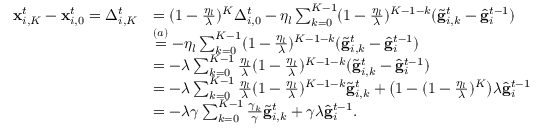
\begin{array} { r l } { \mathbf { x } _ { i , K } ^ { t } - \mathbf { x } _ { i , 0 } ^ { t } = \Delta _ { i , K } ^ { t } } & { = ( 1 - \frac { \eta _ { l } } { \lambda } ) ^ { K } \Delta _ { i , 0 } ^ { t } - \eta _ { l } \sum _ { k = 0 } ^ { K - 1 } ( 1 - \frac { \eta _ { l } } { \lambda } ) ^ { K - 1 - k } ( \tilde { \mathbf { g } } _ { i , k } ^ { t } - \hat { \mathbf { g } } _ { i } ^ { t - 1 } ) } \\ & { \overset { ( a ) } { = } - \eta _ { l } \sum _ { k = 0 } ^ { K - 1 } ( 1 - \frac { \eta _ { l } } { \lambda } ) ^ { K - 1 - k } ( \tilde { \mathbf { g } } _ { i , k } ^ { t } - \hat { \mathbf { g } } _ { i } ^ { t - 1 } ) } \\ & { = - \lambda \sum _ { k = 0 } ^ { K - 1 } \frac { \eta _ { l } } { \lambda } ( 1 - \frac { \eta _ { l } } { \lambda } ) ^ { K - 1 - k } ( \tilde { \mathbf { g } } _ { i , k } ^ { t } - \hat { \mathbf { g } } _ { i } ^ { t - 1 } ) } \\ & { = - \lambda \sum _ { k = 0 } ^ { K - 1 } \frac { \eta _ { l } } { \lambda } ( 1 - \frac { \eta _ { l } } { \lambda } ) ^ { K - 1 - k } \tilde { \mathbf { g } } _ { i , k } ^ { t } + \bigl ( 1 - ( 1 - \frac { \eta _ { l } } { \lambda } ) ^ { K } \bigr ) \lambda \hat { \mathbf { g } } _ { i } ^ { t - 1 } } \\ & { = - \lambda \gamma \sum _ { k = 0 } ^ { K - 1 } \frac { \gamma _ { k } } { \gamma } \tilde { \mathbf { g } } _ { i , k } ^ { t } + \gamma \lambda \hat { \mathbf { g } } _ { i } ^ { t - 1 } . } \end{array}